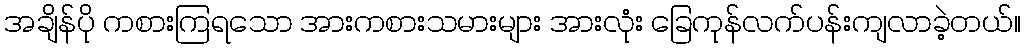
အချိန်ပို ကစားကြရသော အားကစားသမားများ အားလုံး ခြေကုန်လက်ပန်းကျလာခဲ့တယ်။